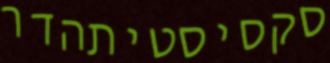
סקסיסטיתהדר